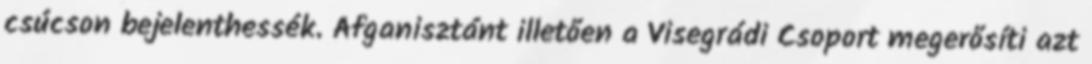
csúcson bejelenthessék. Afganisztánt illetően a Visegrádi Csoport megerősíti azt